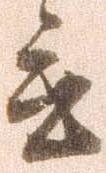
言